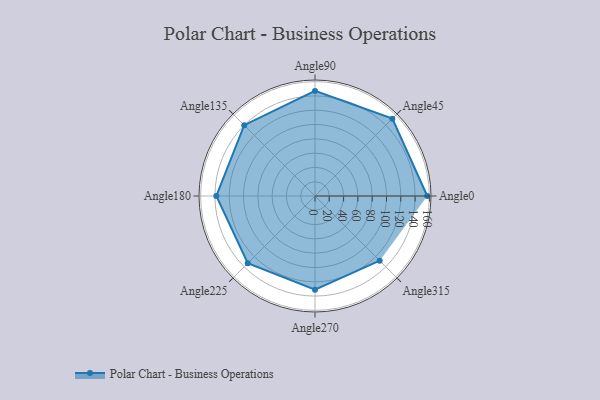
{"axis": {"x": "Angle", "y": "Radius"}, "legend": [""], "data": [{"x": "Angle0", "y": 157.0, "type": ""}, {"x": "Angle45", "y": 153.0, "type": ""}, {"x": "Angle90", "y": 147.0, "type": ""}, {"x": "Angle135", "y": 140.0, "type": ""}, {"x": "Angle180", "y": 138.0, "type": ""}, {"x": "Angle225", "y": 133.0, "type": ""}, {"x": "Angle270", "y": 131.0, "type": ""}, {"x": "Angle315", "y": 128.0, "type": ""}]}